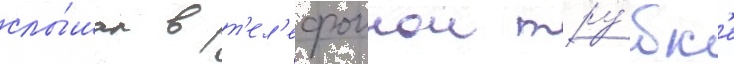
слы́шал в т'ел'ефоннои тру́бк'е